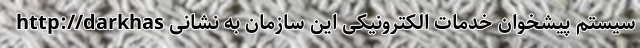
سیستم پیشخوان خدمات الکترونیکی این سازمان به نشانی http://darkhas